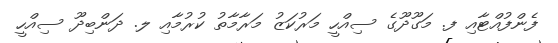
ފެންފުއްޓާއި ފ. މަގޫދޫގެ ސިއްހީ މަރުކަޒު މަރާމާތު ކުރުމާއި ލ. ދަންބިދޫ ސިއްހީ